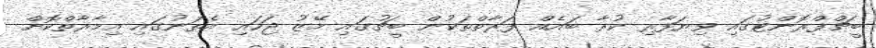
ބީޗްފްރޮންޓުގައި ވިޔަފާރި ކުރާ ބައެއް ފަރާތްތަކުން ބީޗުގައި މޭޒު ޖަހައި އެތަނުގައި އިމާރާތްކޮށް